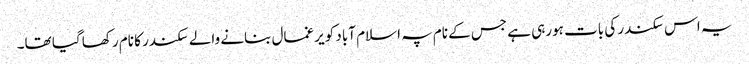
یہ اس سکندر کی بات ہورہی ہے جس کے نام پہ اسلام آباد کو یرغمال بنانے والے سکندر کا نام رکھا گیا تھا۔